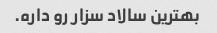
بهترین سالاد سزار رو داره.